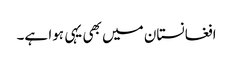
افغانستان میں بھی یہی ہوا ہے۔